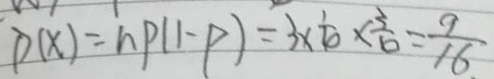
p ( x ) = h p ( 1 - p ) = 3 \times \frac { 1 } { 4 } \times \frac { 3 } { 4 } = \frac { 9 } { 1 6 . }